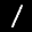
Label: 1